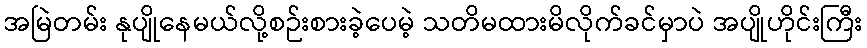
အမြဲတမ်း နုပျိုနေမယ်လို့စဉ်းစားခဲ့ပေမဲ့ သတိမထားမိလိုက်ခင်မှာပဲ အပျိုဟိုင်းကြီး